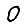
Digit: 0